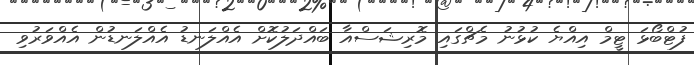
ފުޓްބޯޅަ ޓީމް އިއްޔެ ކުޅުނު މެޗްގައި މޮރިޝަސްއާ ބައްދަލުކޮށް އެއްލަނޑު އެއްލަނޑުން އެއްވަރުވި